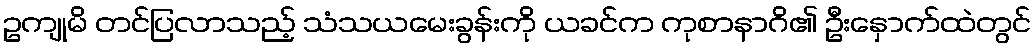
ဥကျုမိ တင်ပြလာသည့် သံသယမေးခွန်းကို ယခင်က ကုစာနာဂိ၏ ဦးနှောက်ထဲတွင်